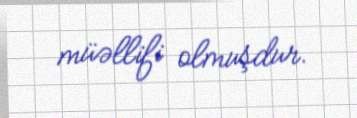
müəllifi olmuşdur.